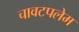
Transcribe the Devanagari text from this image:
चावटपलेम